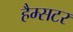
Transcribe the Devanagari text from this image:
हैम्सटर